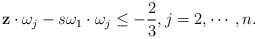
\begin{align*} \mathbf z\cdot \omega_j-s\omega_1\cdot\omega_j\leq-\frac{2}{3},j=2,\cdots,n. \end{align*}